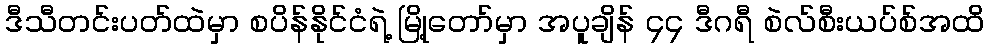
ဒီသီတင်းပတ်ထဲမှာ စပိန်နိုင်ငံရဲ့ မြို့တော်မှာ အပူချိန် ၄၄ ဒီဂရီ စဲလ်စီးယပ်စ်အထိ